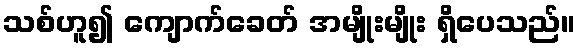
သစ်ဟူ၍ ကျောက်ခေတ် အမျိုးမျိုး ရှိပေသည်။